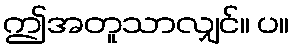
ဤအတူသာလျှင်။ ပ။